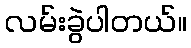
လမ်းခွဲပါတယ်။